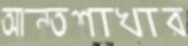
আন্তশাখার